Medical and sanitary report of the native army of Bengal for the year
Year: 1878
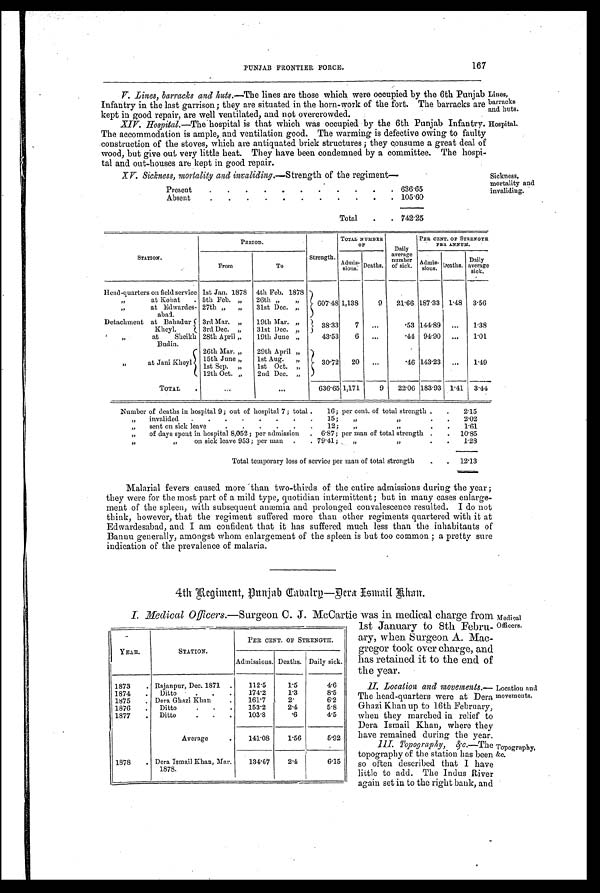
PUNJAB FRONTIER FORCE.
167
V. Lines, barracks and huts.— The lines are those which were occupied by the 6th Punjab
Infantry in the last garrison; they are situated in the horn-work of the fort. The barracks are
kept in good repair, are well ventilated, and not overcrowded.
XIV. Hospital.— The hospital is that which was occupied by the 6th Punjab Infantry.
The accommodation is ample, and ventilation good. The warming is defective owing to faulty
construction of the stoves, which are antiquated brick structures ; they consume a great deal of
wood, but give out very little heat. They have been condemned by a committee. The hospi-
tal and out-houses are kept in good repair.
XV. Sickness, mortality and invaliding.— Strength of the regiment-
Present
.
.
.
.
.
.
.
.
.
. . 636.65
Absent
.
.
.
.
.
.
.
.
.
.
. 105.60
Total
.
. 742.25
Lines,
barracks
and huts.
Hospital.
Sickness,
mortality and invaliding.
STATION.
PERIOD.
Strength.
TOTAL NUMBER
O F
Daily
average
number
of sick.
PER CENT. OF STRENGTH
PER ANNUM.
From
To
Admis- sions. Deaths.
Admis-
sions. Deaths.
Daily
average
sick.
Head-quarters on field service 1st Jan. 1878 4th Feb. 1878
607.48 1,138
9
21.66 187.33 1.48 3.56
, ,
at Kohat
. 5th Feb. ,,
26th ,, ,,
, ,
at Edwardes-
abad.
27th „ „
31st Dec. „
Detachment at Bahadur
Kheyl.
3rd Mar. „
19th Mar. ,,
38.33
7
...
.53 144.89 ...
1.38
3rd Dec. „
31st Dec. ,,
„
at Sheikh
Budin.
28th April „
19th June „
43.53
6 ...
. 4 4 94.90 ...
1 . 0 1
, ,
at Jani Kheyl
26th Mar. „
29th April „
30.72 20
. . .
.46 143.23 ...
1.49
15th June „
1st Aug. „
1st Sep. „
1st Oct. „
12th Oct. „
2nd Dec. „
TOTAL
.
...
. . .
636.65 1,171
9
22.06 183.93 1.41 3.44
Number of deaths in hospital 9 ; out of hospital 7 ; total .
16; per cent. of total strength .
. 2.15
„
invalided
.
.
.
.
.
.
.
.
15;
„
, ,
.
. 2.02
, , sent on sick leave
.
.
.
.
.
.
12;
„
, ,
.
. 1 . 6 1
„
of days spent in hospital 8,052; per admission . 6.87; per man of total strength .
. 10.85
, ,
„
on sick leave 953; per man
. . 79.41;
„
, ,
.
. 1.28
Total temporary loss of service per man of total strength
.
. 12.13
Malarial fevers caused more than two-thirds of the entire admissions during the year ;
they were for the most part of a mild type, quotidian intermittent; but in many cases enlarge-
ment of the spleen, with subsequent anæmia and prolonged convalescence resulted. I do not
think, however, that the regiment suffered more than other regiments quartered with it at
Edwardesabad, and I am confident that it has suffered much less than the inhabitants of
Bannu generally, amongst whom enlargement of the spleen is but too common ; a pretty sure
indication of the prevalence of malaria.
4th Regiment, Punjab Cavalry—Dera Esmail Khan.
I. Medical Officers.—Surgeon C. J. McCartie was in medical charge from
1st January to 8th Febru-
ary, when Surgeon A. Mac-
gregor took over charge, and
has retained it to the end of
the year.
II. Location and movements
. —
T h e h e a d - q u a r t e r s w e r e a t D e r a
Ghazi Khan up to 16th February,
when they marched in relief to
Dera Ismail Khan, where they
have remained during the year.
III. Topography, &amp;c.—T h e
topography of the station has been
so often described that I have
little to add. The Indus Rive
again set in to the right bank, and
YEAR.
STATION.
PER CENT. OF STRENGTH.
Admissions. Deaths. Daily sick.
1873
.
Rajanpur, Dec. 1871
.
112.5
1.5
4.6
1874
.
Ditto . . . .
174.2
1.3
8.5
1875
. Dera Ghszi Khan
.
161.7
2.
6.2
1876
.
Ditto
. . .
153.2
2.4
5.8
1877
.
Ditto
.
.
.
103.8
. 6
4.5
Average
.
141.08
1.56
5.92
1878
. Dera Ismail Khan, Mar.
1878.
134.67
2.4
6.15
Medical
Officers.
Location and
movements.
Topography,
&amp;c.